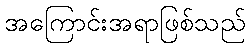
အကြောင်းအရာဖြစ်သည်